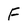
Character: f